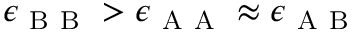
\epsilon _ { \mathrm { ~ B ~ B ~ } } > \epsilon _ { \mathrm { ~ A ~ A ~ } } \approx \epsilon _ { \mathrm { ~ A ~ B ~ } }